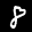
Label: 8